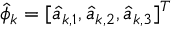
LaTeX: { \hat { \phi } } _ { \boldsymbol { k } } = [ { \hat { a } } _ { { \boldsymbol { k } } , 1 } , { \hat { a } } _ { { \boldsymbol { k } } , 2 } , { \hat { a } } _ { { \boldsymbol { k } } , 3 } ] ^ { T }